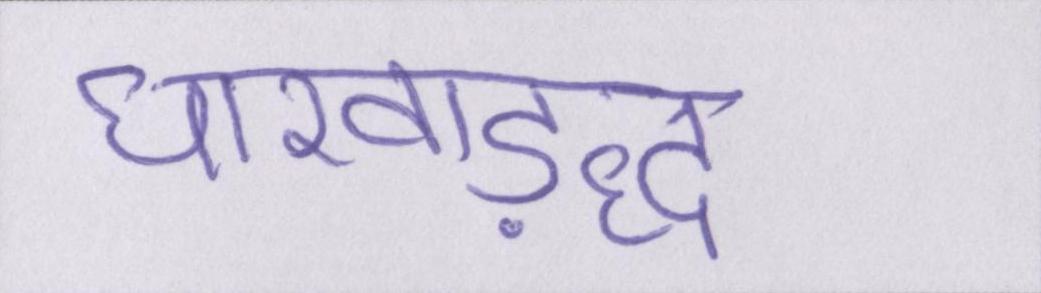
धारवाड़द्ध